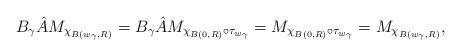
LaTeX: \begin{align*}B_\gamma \hat{A} M_{\chi_{B(w_\gamma, R)}} = B_\gamma \hat{A} M_{\chi_{B(0, R)} \circ \tau_{w_\gamma}} = M_{\chi_{B(0, R)} \circ \tau_{w_\gamma}} = M_{\chi_{B(w_\gamma, R)}},\end{align*}